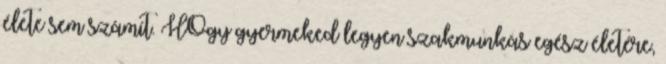
élete sem számít. HOgy gyermeked legyen szakmunkás egész életére,